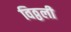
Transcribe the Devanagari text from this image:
विठ्ठली